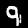
Label: 9